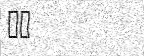
١٣